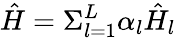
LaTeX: \hat{H}=\Sigma_{l=1}^{L}\alpha_{l}\hat{H}_{l}